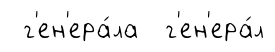
г'ен'ера́ла г'ен'ера́л